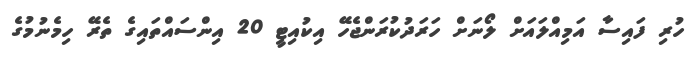
ހުރި ފައިސާ އަމިއްލައަށް ލޯނަށް ހަރަދުކުރަންޖެހޭ އިކުއިޓީ 20 އިންސައްތައިގެ ތެރޭ ހިމެނުމުގެ